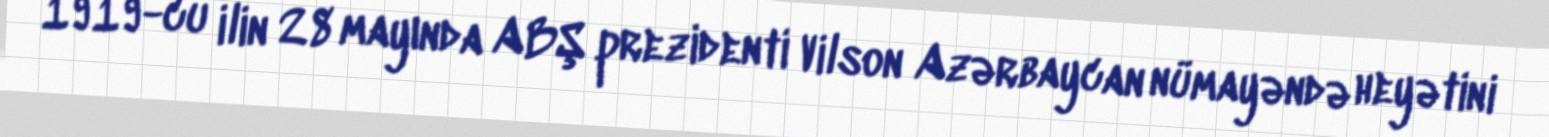
1919-cu ilin 28 mayında ABŞ prezidenti Vilson Azərbaycan nümayəndə heyətini